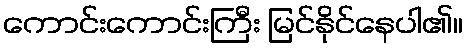
ကောင်းကောင်းကြီး မြင်နိုင်နေပါ၏။